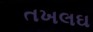
તખલઘ